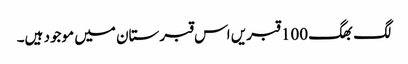
لگ بھگ 100 قبریں اس قبرستان میں موجود ہیں۔